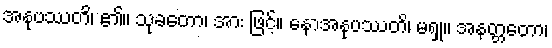
အနုပဿတိ၊ ၏။ သုခတော၊ အား ဖြင့်။ နောအနုပဿတိ၊ မရှု။ အနတ္တတော၊